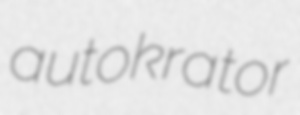
autokrator